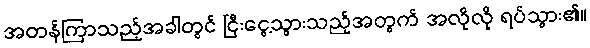
အတန်ကြာသည့်အခါတွင် ငြီးငွေ့သွားသည့်အတွက် အလိုလို ရပ်သွား၏။